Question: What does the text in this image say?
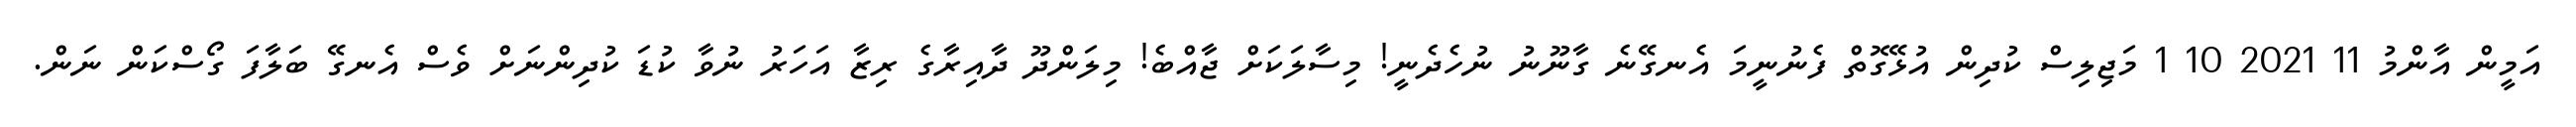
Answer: އަމީން އާންމު 11 2021 10 1 މަޖިލިސް ކުދިން އުޅޭގޮތް ފެނުނީމަ އެނގޭނެ ގާނޫނު ނުހެދެނީ! މިސާލަކަށް ޖާއްބެ! މިލަންދޫ ދާއިރާގެ ރިޒާ އަހަރު ނުވާ ކުޑަ ކުދިންނަށް ވެސް އެނގޭ ބަލާފަ ގޯސްކަން ނަން.